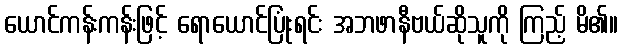
ယောင်ကန်းကန်းဖြင့် ရောယောင်ပြုံးရင်း အဘဖာနီဗယ်ဆိုသူကို ကြည့် မိ၏။